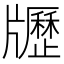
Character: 𤘃